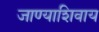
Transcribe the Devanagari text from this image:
जाण्याशिवाय